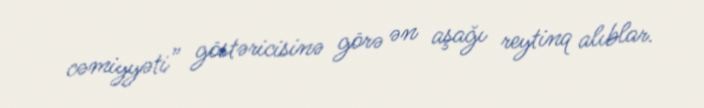
cəmiyyəti” göstəricisinə görə ən aşağı reytinq alıblar.